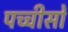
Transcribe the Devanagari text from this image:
पच्चीसों